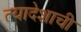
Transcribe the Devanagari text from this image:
त्यादेशाची